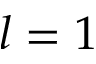
l = 1